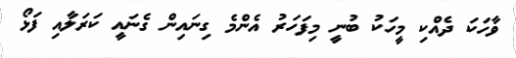
ވާހަކަ ދެއްކި މީހަކު ބުނީ މިފަހަރު އެންމެ ގިނައިން ގެނައީ ކަރަލާއި ފަޅޯ